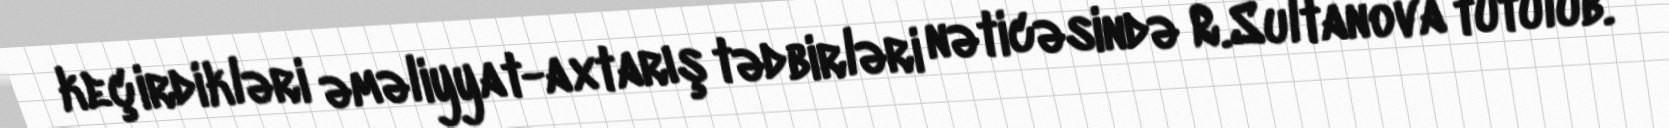
keçirdikləri əməliyyat-axtarış tədbirləri nəticəsində R.Sultanova tutulub.